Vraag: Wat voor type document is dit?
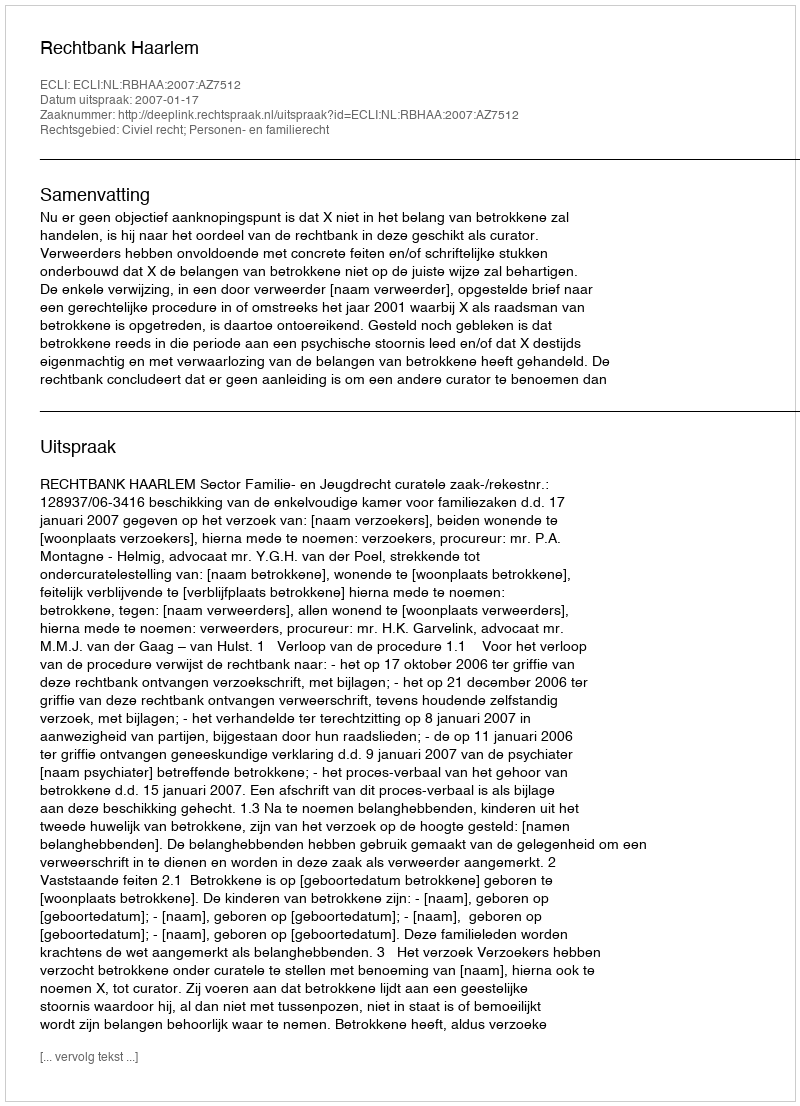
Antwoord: Uitspraak